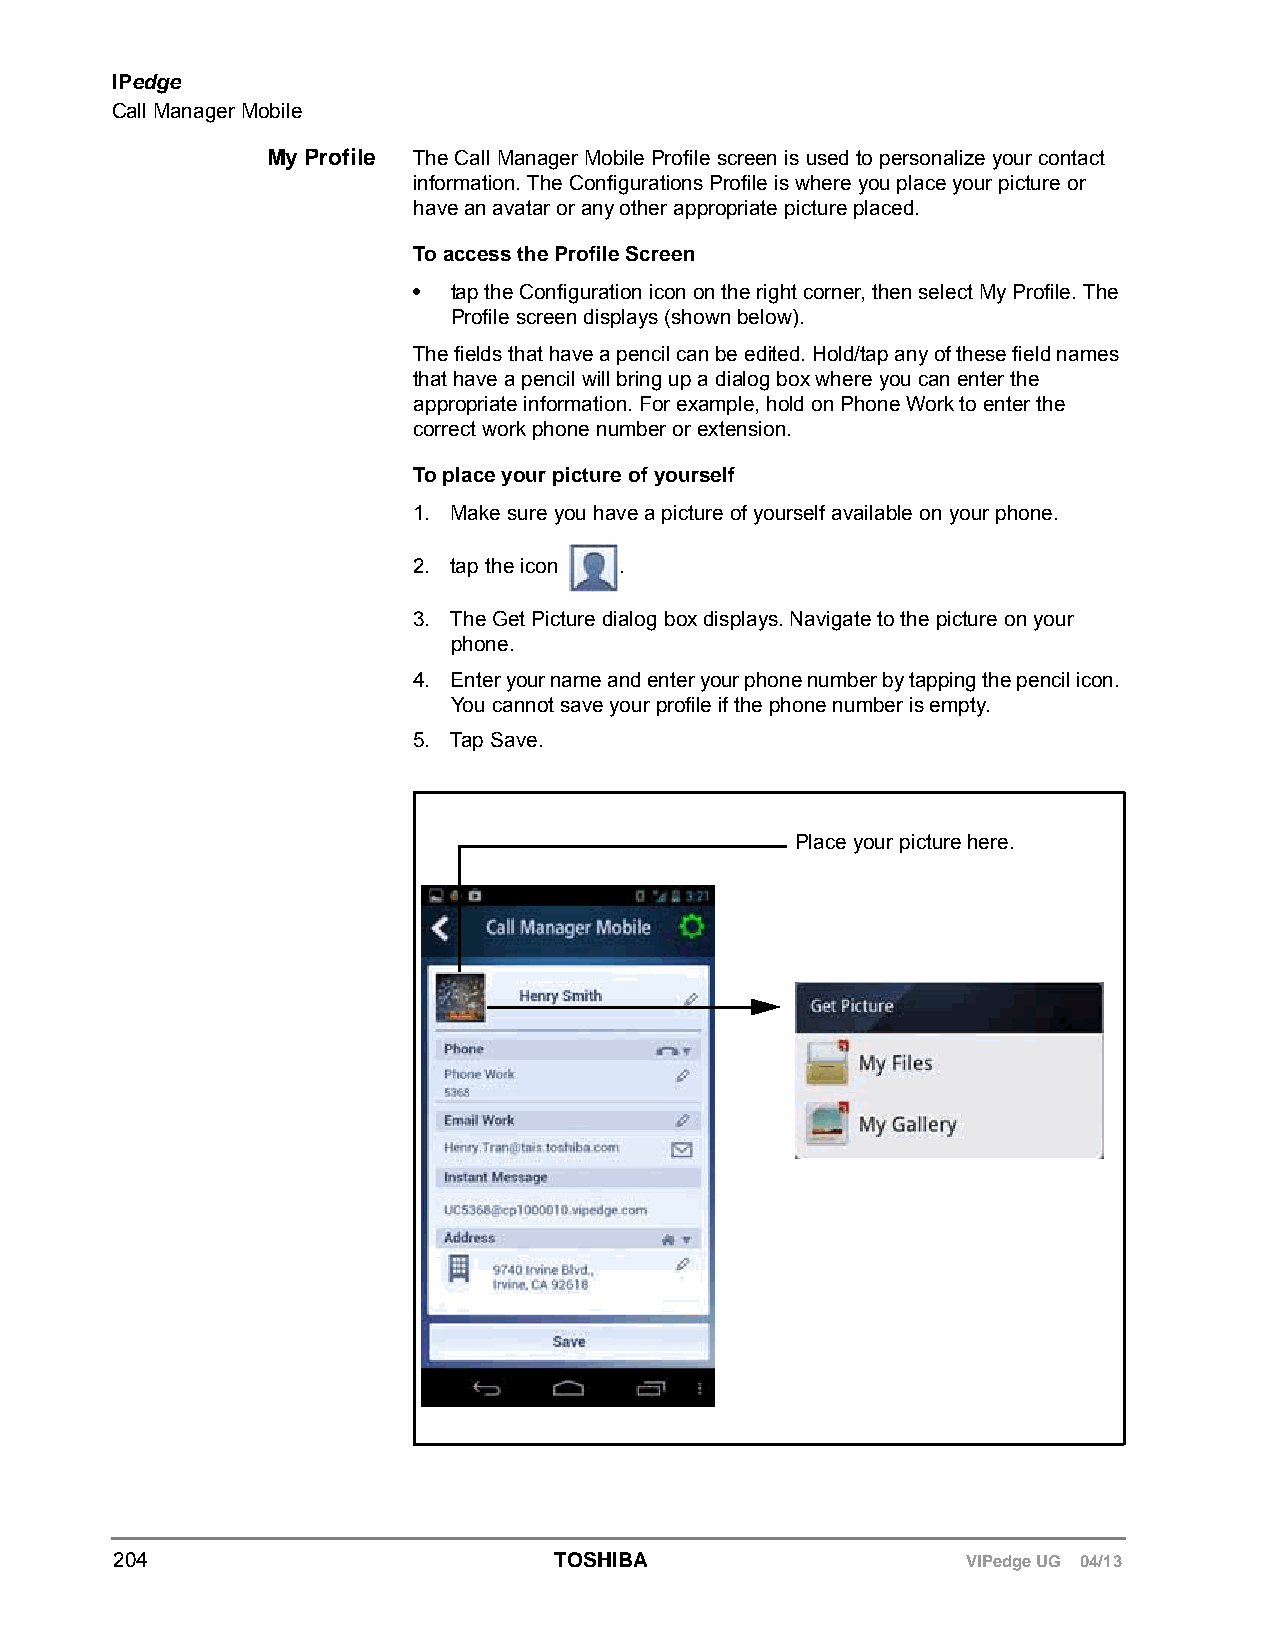
IPedge
 Call Manager Mobile
 My Profile The Call Manager Mobile Profile screen is used to personalize your contact
 information. The Configurations Profile is where you place your picture or
 have an avatar or any other appropriate picture placed.
 To access the Profile Screen
 •  tap the Configuration icon on the right corner, then select My Profile. The
 Profile screen displays (shown below).
 The fields that have a pencil can be edited. Hold/tap any of these field names
 that have a pencil will bring up a dialog box where you can enter the
 appropriate information. For example, hold on Phone Work to enter the
 correct work phone number or extension.
 To place your picture of yourself
 1. Make sure you have a picture of yourself available on your phone.
 2. tap the icon .
 3. The Get Picture dialog box displays. Navigate to the picture on your
 phone.
 4. Enter your name and enter your phone number by tapping the pencil icon.
 You cannot save your profile if the phone number is empty.
 5. Tap Save.
 Place your picture here.
 204                          TOSHIBA                    VIPedge UG 04/13